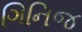
ગિનિજ